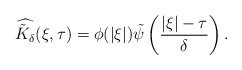
\begin{align*}\widehat{\tilde K_\delta}(\xi,\tau) = \phi(|\xi|)\tilde\psi\left(\frac{|\xi|-\tau}{\delta}\right) .\end{align*}